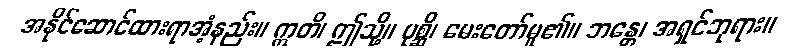
အနိုင်ဆောင်ထားရာအံ့နည်း။ ဣတိ၊ ဤသို့။ ပုစ္ဆိ၊ မေးတော်မူ၏။ ဘန္တေ၊ အရှင်ဘုရား။